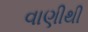
વાણીથી